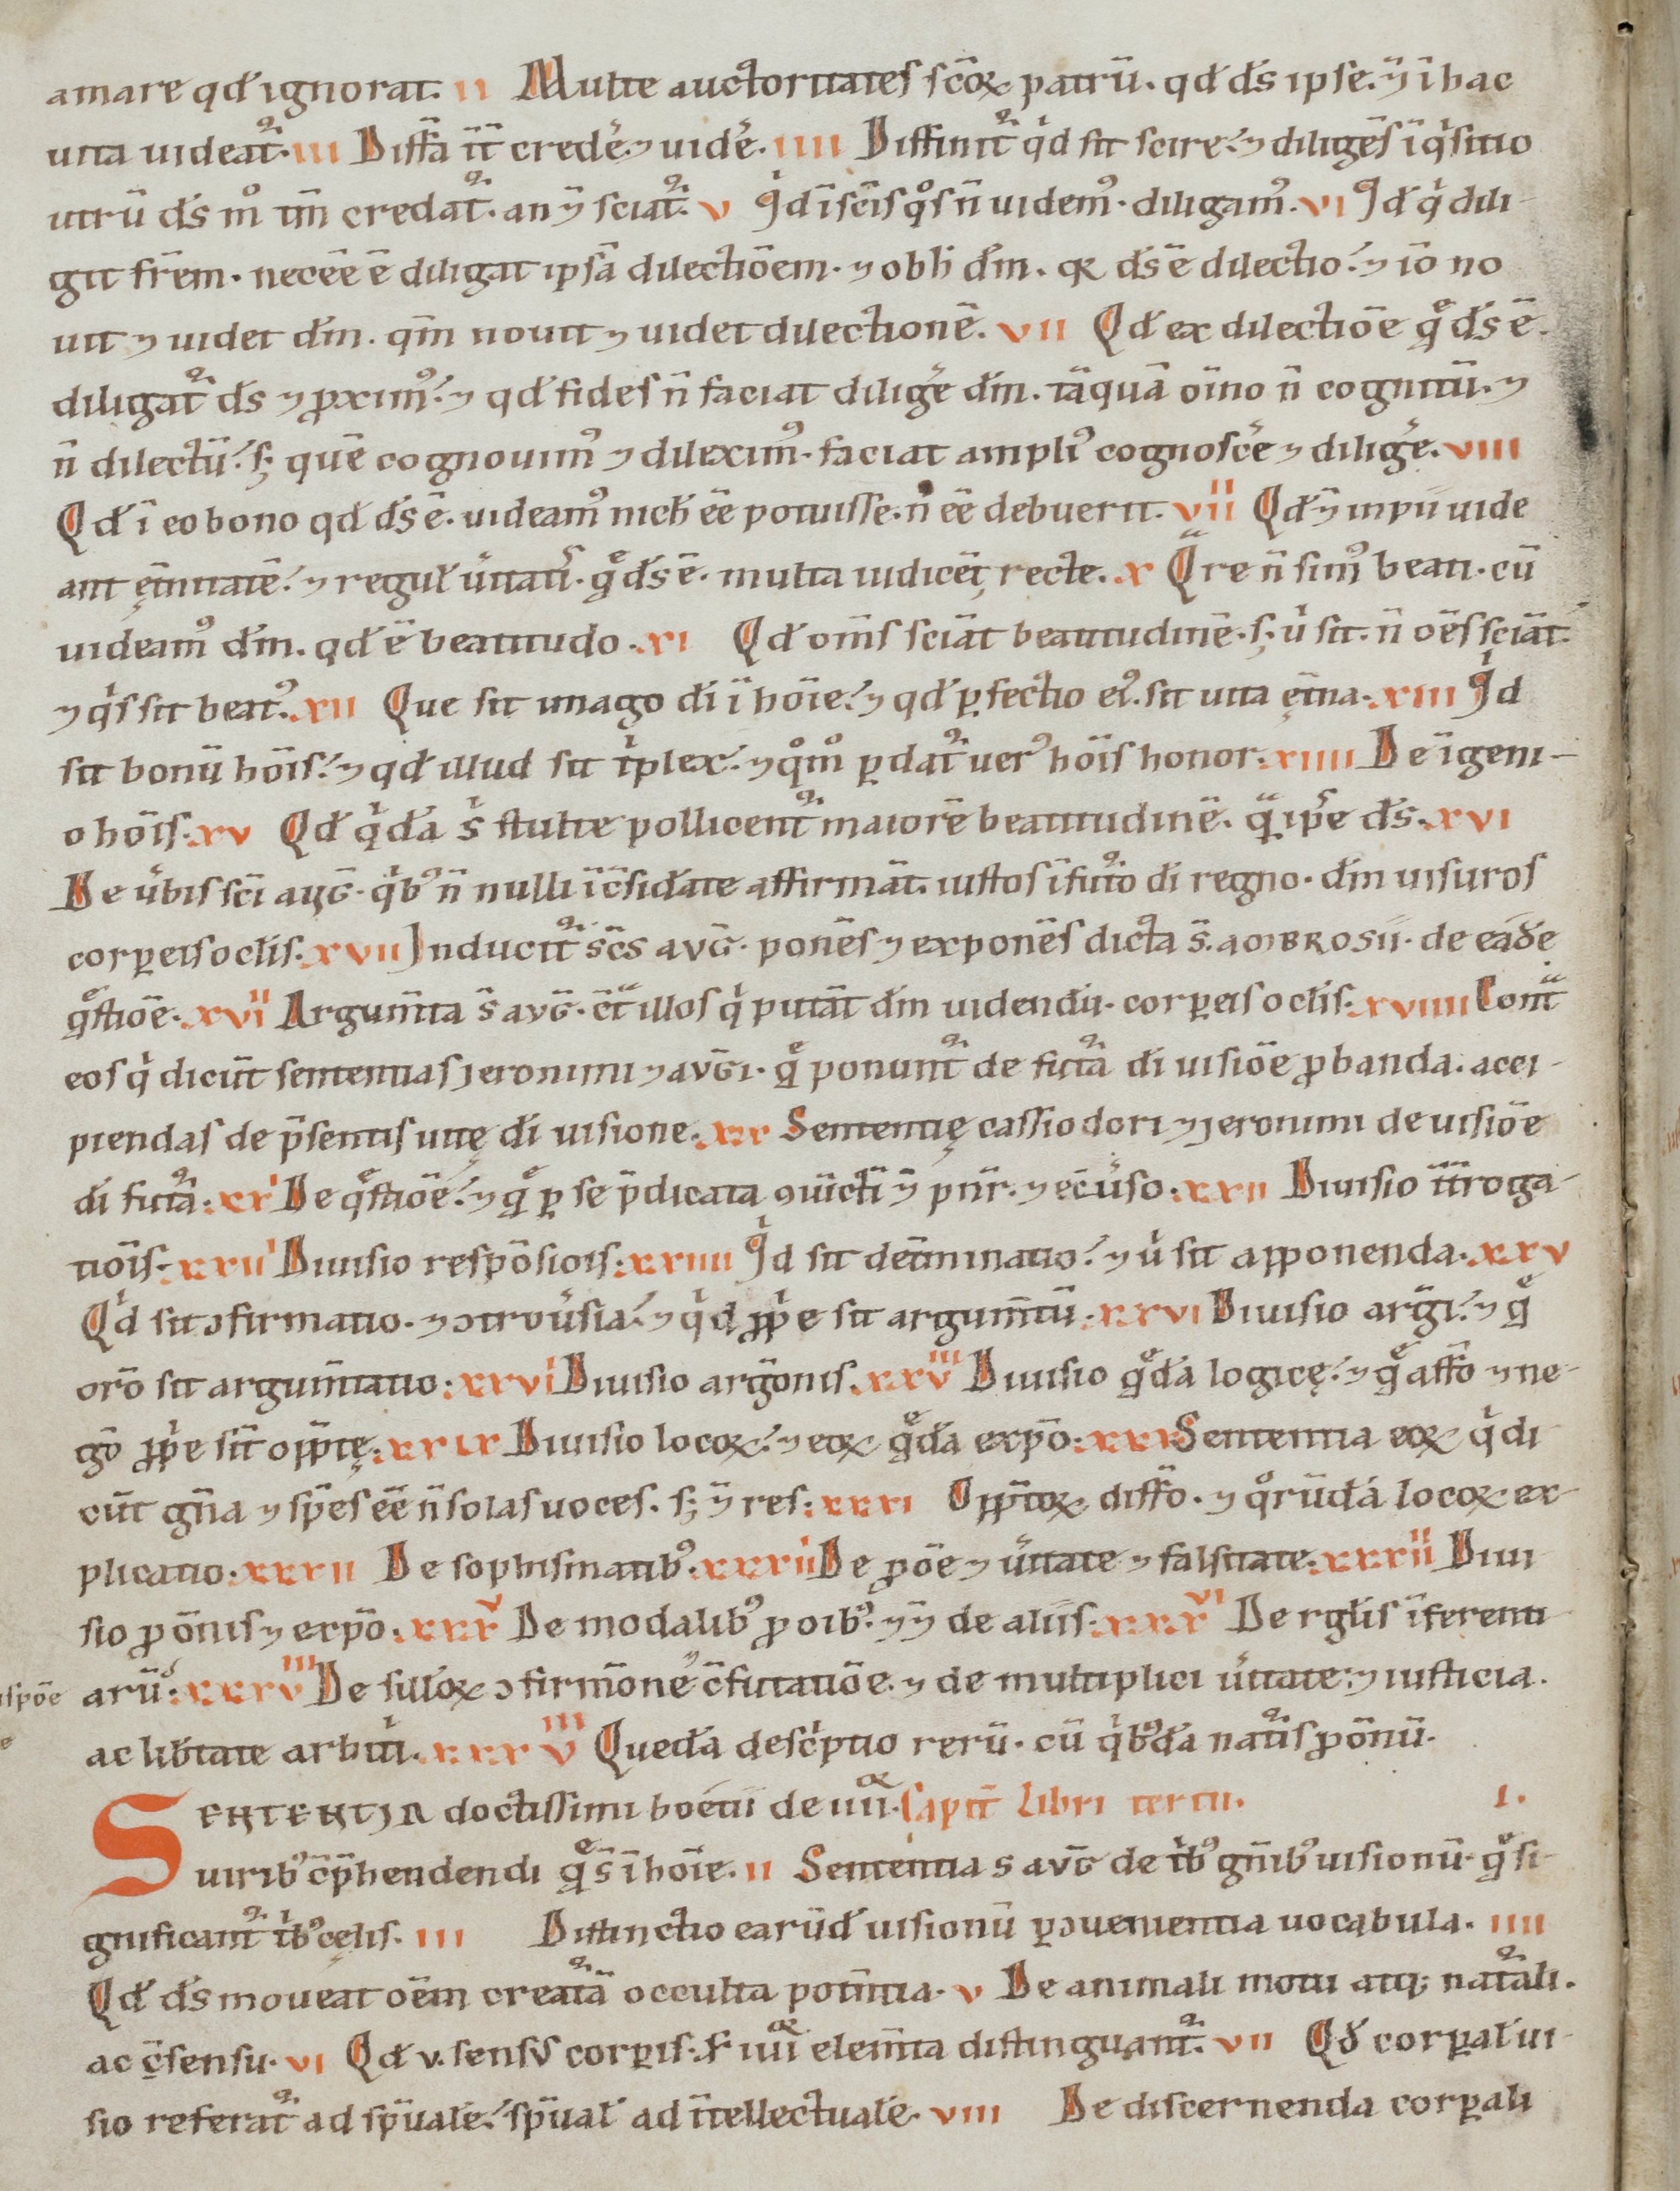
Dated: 1100–1199